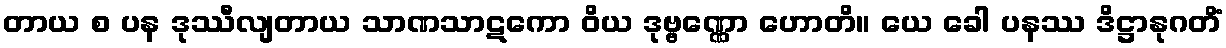
တာယ စ ပန ဒုဿီလျတာယ သာဏသာဋကော ဝိယ ဒုဗ္ဗဏ္ဏော ဟောတိ။ ယေ ခေါ ပနဿ ဒိဋ္ဌာနုဂတိံ